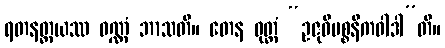
ရတနတ္တယဿ ဝဏ္ဏံ ဘာသတိ။ တေန ဝုတ္တံ “ဥဇုဝိပစ္စနီကဝါဒါ”တိ။